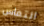
التماس